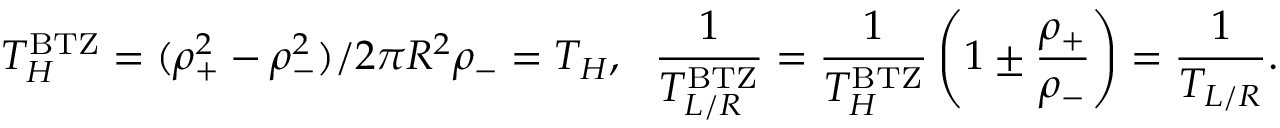
T _ { H } ^ { \mathrm { B T Z } } = ( \rho _ { + } ^ { 2 } - \rho _ { - } ^ { 2 } ) / 2 \pi R ^ { 2 } \rho _ { - } = T _ { H } , ~ ~ { \frac { 1 } { T _ { L / R } ^ { \mathrm { B T Z } } } } = { \frac { 1 } { T _ { H } ^ { \mathrm { B T Z } } } } \left( 1 \pm { \frac { \rho _ { + } } { \rho _ { - } } } \right) = { \frac { 1 } { T _ { L / R } } } .